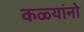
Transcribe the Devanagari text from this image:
कळ्यांनो